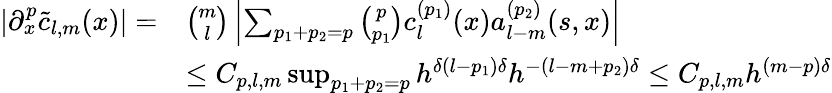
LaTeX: \begin{array}{rl}{\left|\partial_{x}^{p}\tilde{c}_{l,m}(x)\right|=}&{{\binom{m}{l}}\left|\sum_{p_{1}+p_{2}=p}{\binom{p}{p_{1}}}c_{l}^{(p_{1})}(x)a_{l-m}^{(p_{2})}(s,x)\right|}\\ &{\leq C_{p,l,m}\operatorname*{sup}_{p_{1}+p_{2}=p}h^{\delta(l-p_{1})\delta}h^{-(l-m+p_{2})\delta}\leq C_{p,l,m}h^{(m-p)\delta}}\end{array}